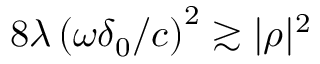
8 \lambda \left( \omega \delta _ { 0 } / c \right) ^ { 2 } \gtrsim | \rho | ^ { 2 }